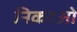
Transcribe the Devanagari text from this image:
निकरओ